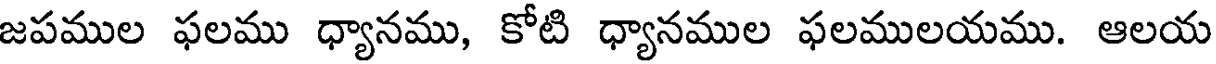
జపముల ఫలము ధ్యానము, కోటి ధ్యానముల ఫలములయము. ఆలయ